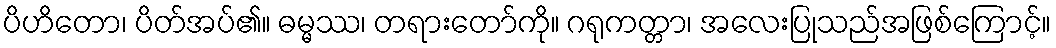
ပိဟိတော၊ ပိတ်အပ်၏။ ဓမ္မဿ၊ တရားတော်ကို။ ဂရုကတ္တာ၊ အလေးပြုသည်အဖြစ်ကြောင့်။